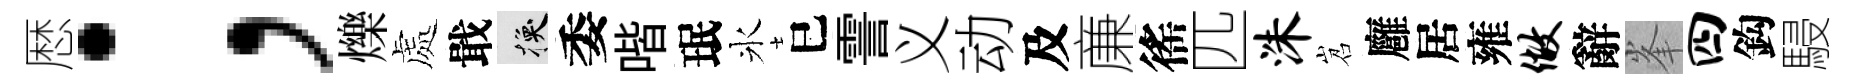
厯；爍處戢换委喈珉氷巳霅义动及亷徭匹洙岧廱居雍做辭峯四鈎駸